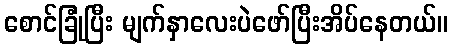
စောင်ခြုံပြီး မျက်နှာလေးပဲဖော်ပြီးအိပ်နေတယ်။